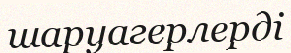
шаруагерлерді